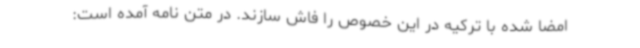
امضا شده با ترکیه در این خصوص را فاش سازند. در متن نامه آمده است: